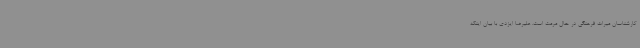
کارشناسان میراث فرهنگی در حال مرمت است. علیرضا ایزدی با بیان اینکه